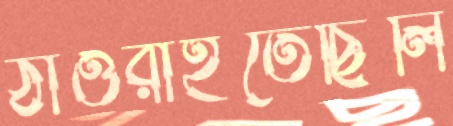
ঠাওরাইতেছিলি